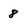
Character: 8